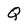
Character: Q